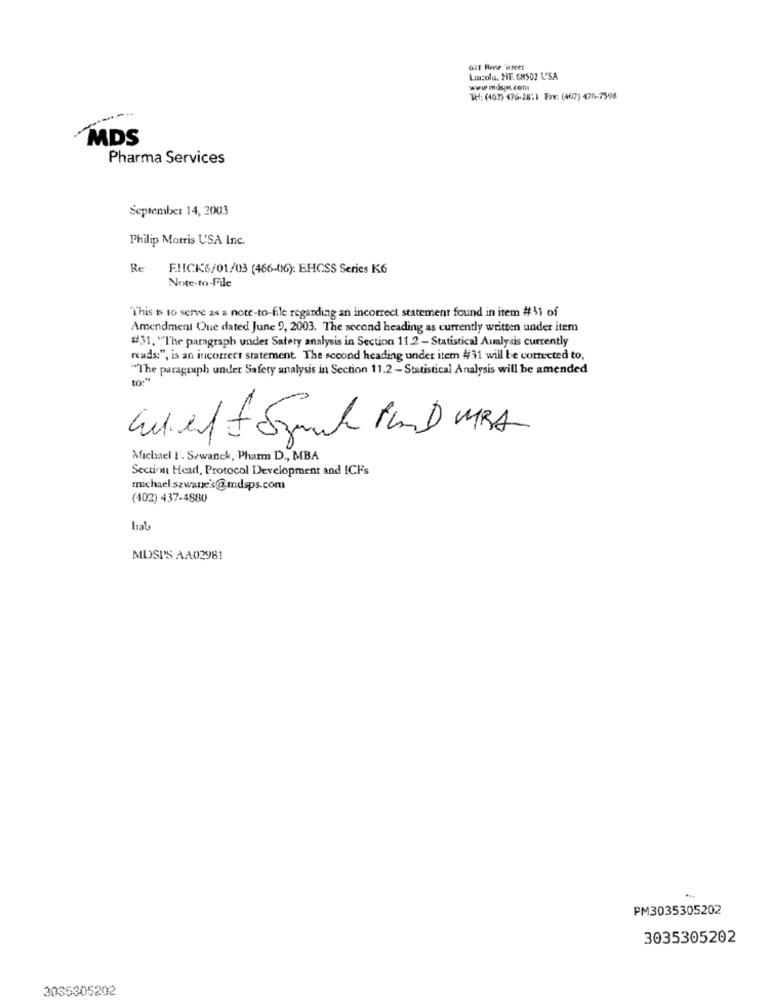
621 Rose Street
Loscolo. HE. 68502 USA
www .mdspt.con
Tel: (407) 476-28:1 Fax: (407) 476-7598
MDS
Pharma Services
September 14, 2003
Philip Morris USA Inc.
Re F .! ICK6/01/03 (466-0)6): EHCSS Series K6
Note-to-File
"This Is to serve as a note-to-file regarding an incorrect statement found in item #11 of
Amendment Que dated June 9, 2003. The second heading as currently written under item
#31. "The paragraph under Safety analysis in Section 11.2 - Statistical Aualysis currently
reads:", is an incorrect statement. The second heading under item #31 will be corrected to,
"The paragraph under Safety analysis in Section 11.2 - Statistical Analysis will be amended
Michael F. Sewanck, Pharm D ., MBA
Section Head, Protocol Development and ICFs
michael szwanek@mdsps.com
(402) 437-4880
bab
MUSI'S AA02981
PM3035305202
3035305202
3035305202